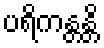
ပရိကန္တန္တိ